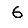
Digit: 6